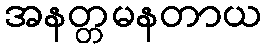
အနတ္တမနတာယ